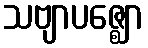
သဗျာပဇ္ဈော